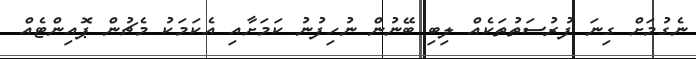
ނެގުމަށް ގިނަ ފުރުސަތުތަކެއް ލިބި ބޭނުން ނުހިފުނު ކަމަށާއި އެކަމަކު މެޗުން ޕޮއިންޓެއް